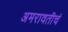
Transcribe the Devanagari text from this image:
अमरावतीचं